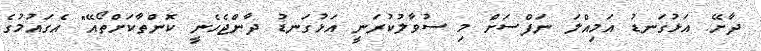
ދާށޭ. އަޅުގަނޑު އަމިއްލަ ނަފްސަށް މި ސުވާލުކުރަނީ އަޅުގަނޑު ދާންޖެހެނީ ކޮންތާކަށްތޯއޭ" އެގައުމުގެ